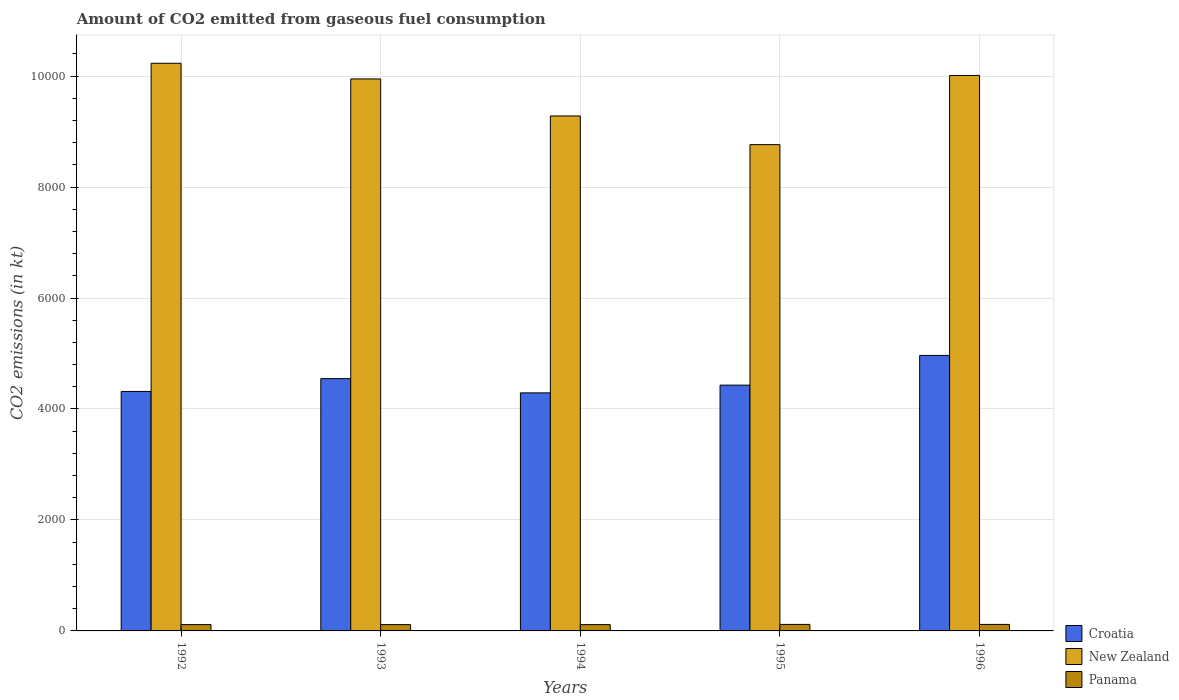
| Years | Croatia | New Zealand | Panama |
 | --- | --- | --- | --- |
 | 1992 | 4.32e+03 | 1.02e+04 | 114 |
 | 1993 | 4.55e+03 | 9.95e+03 | 114 |
 | 1994 | 4.29e+03 | 9.28e+03 | 114 |
 | 1995 | 4.43e+03 | 8.76e+03 | 117 |
 | 1996 | 4.97e+03 | 1e+04 | 117 |